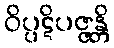
ဝိပ္ပဋိပဇ္ဇန္တိ